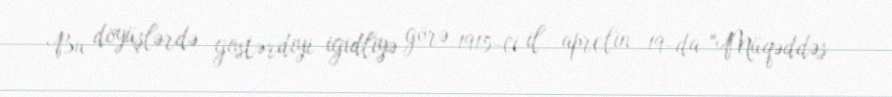
Bu döyüşlərdə göstərdiyi igidliyə görə 1915-ci il aprelin 19-da "Müqəddəs